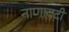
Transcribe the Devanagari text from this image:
नाणावटी